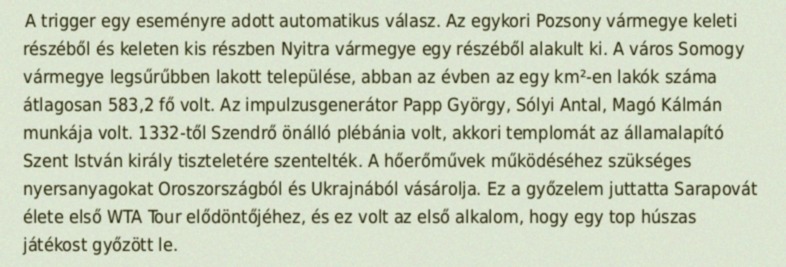
A trigger egy eseményre adott automatikus válasz. Az egykori Pozsony vármegye keleti részéből és keleten kis részben Nyitra vármegye egy részéből alakult ki. A város Somogy vármegye legsűrűbben lakott települése, abban az évben az egy km²-en lakók száma átlagosan 583,2 fő volt. Az impulzusgenerátor Papp György, Sólyi Antal, Magó Kálmán munkája volt. 1332-től Szendrő önálló plébánia volt, akkori templomát az államalapító Szent István király tiszteletére szentelték. A hőerőművek működéséhez szükséges nyersanyagokat Oroszországból és Ukrajnából vásárolja. Ez a győzelem juttatta Sarapovát élete első WTA Tour elődöntőjéhez, és ez volt az első alkalom, hogy egy top húszas játékost győzött le.